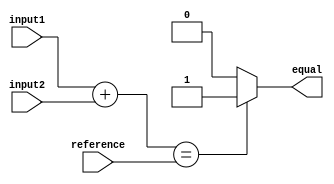
module ArithmeticBlocksEqualityComparator (
    input [7:0] input1,
    input [7:0] input2,
    input [7:0] reference,
    output reg equal
);

reg [8:0] diff;

always @ (input1, input2) begin
    diff <= input1 + input2;
end

always @ (diff, reference) begin
    if (diff == reference) begin
        equal <= 1;
    end else begin
        equal <= 0;
    end
end

endmodule